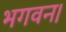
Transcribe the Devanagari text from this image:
भगवन।